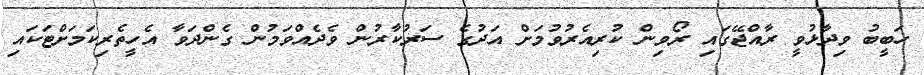
ހަބީބު ވިދާޅުވީ ރާއްޖޭގައި ރޯވިން ކުރިއެރުވުމަށް އަދުގެ ސަރުކާރުން ވެދެއްވަމުން ގެންދަވާ އެހީތެރިކަމަށްޓަކައި